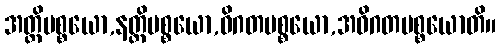
အတ္ထိပစ္စယော,နတ္ထိပစ္စယော,ဝိဂတပစ္စယော,အဝိဂတပစ္စယောတိ။